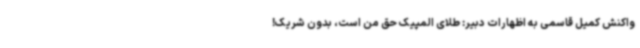
واکنش کمیل قاسمی به اظهارات دبیر: طلای المپیک حق من است، بدون شریک!